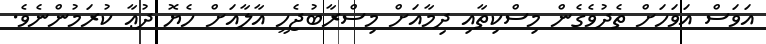
އަވަސް އަވަހަށް ތެދުވެގެން މިސްކިތާއި ދިމާއަށް މިސްރާބުޖެހީ އާލާއަށް ހެޔޮ ދުޢާ ކުރަމުންނެވެ.